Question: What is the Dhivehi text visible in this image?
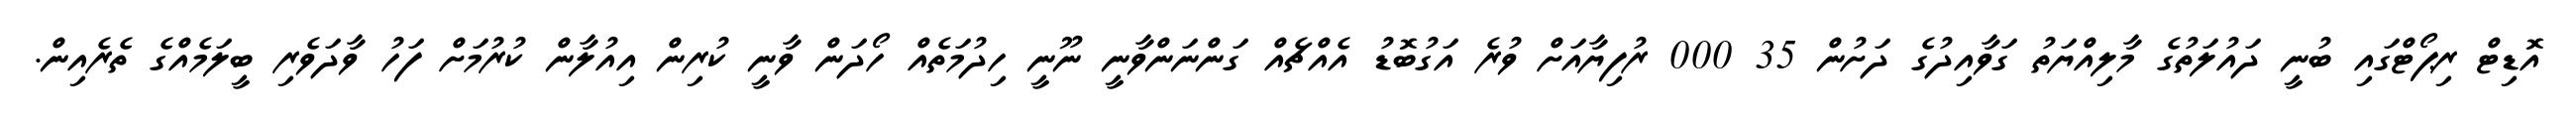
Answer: އޮޑިޓް ރިޕޯޓްގައި ބުނީ ދައުލަތުގެ މާލިއްޔަތު ގަވާއިދުގެ ދަށުން 35 000 ރުފިޔާއަށް ވުރެ އަގުބޮޑު އެއްޗެއް ގަންނަންވާނީ ނޫނީ ހިދުމަތެއް ހޯދަން ވާނީ ކުރިން އިއުލާން ކުރުމަށް ފަހު ވާދަވެރި ބީލަމެއްގެ ތެރެއިން.